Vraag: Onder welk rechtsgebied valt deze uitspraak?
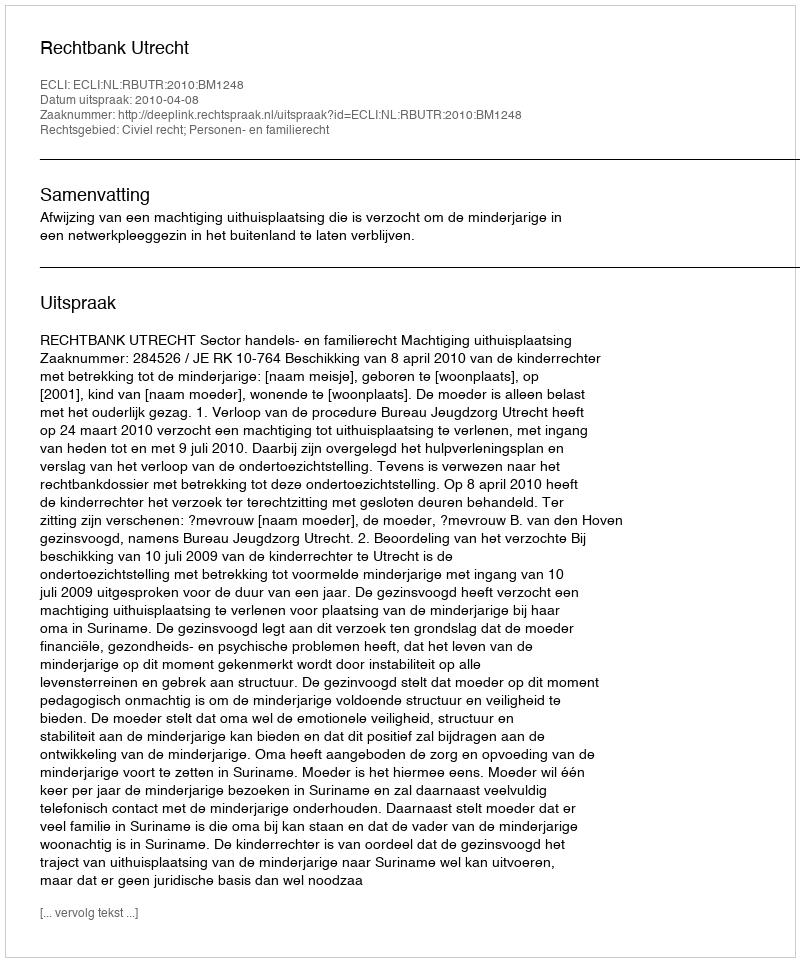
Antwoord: Civiel recht; Personen- en familierecht